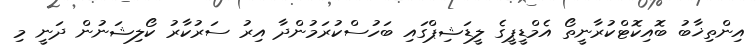
އިންތިޚާބު ބޮއިކޮޓްކުރާނީތޯ އެމްޑީޕީގެ ލީޑަޝިޕްގައި ބަހުސްކުރަމުންދާ އިރު ސަރުކާރު ކޯލިޝަނުން ދަނީ މި